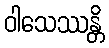
ဝါသေဿန္တိ